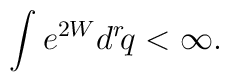
\int e^{2W}d^r\!q<\infty.